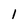
Character: l